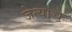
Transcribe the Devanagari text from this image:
जेत्यांचे